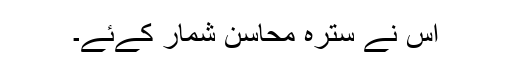
اس نے سترہ محاسن شمار کےئے۔